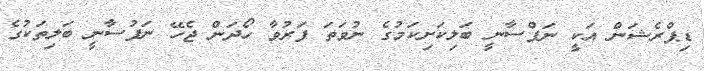
ޑިޕްރެޝަން އަކީ ނަފްސާނީ ބަލިކަށިކަމުގެ ނުވަތަ ފަރުވާ ހޯދަން ޖެހޭ ނަފުސާނީ ބަލިތަކުގެ